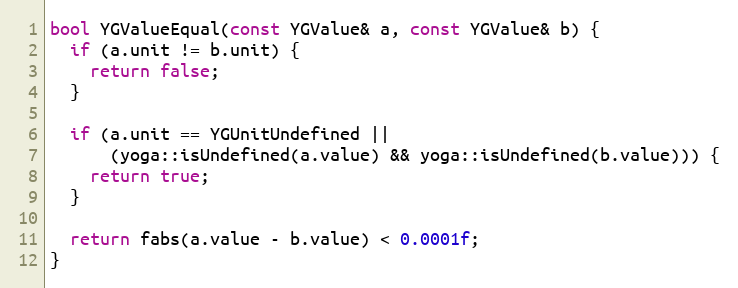
Language: C++
bool YGValueEqual(const YGValue& a, const YGValue& b) {
  if (a.unit != b.unit) {
    return false;
  }

  if (a.unit == YGUnitUndefined ||
      (yoga::isUndefined(a.value) && yoga::isUndefined(b.value))) {
    return true;
  }

  return fabs(a.value - b.value) < 0.0001f;
}